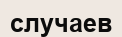
случаев